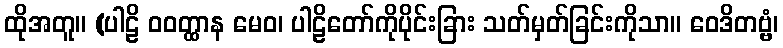
ထိုအတူ။ (ပါဠိ ဝဝတ္ထာန မေဝ၊ ပါဠိတော်ကိုပိုင်းခြား သတ်မှတ်ခြင်းကိုသာ။ ဝေဒိတဗ္ဗံ၊